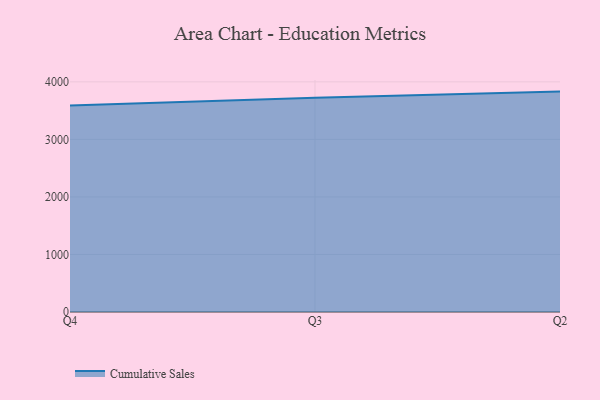
{"axis": {"x": "Quarter", "y": "Population (Million)"}, "legend": ["Cumulative Sales"], "data": [{"x": "Q4", "y": 3587.5, "type": "Cumulative Sales"}, {"x": "Q3", "y": 3723.9, "type": "Cumulative Sales"}, {"x": "Q2", "y": 3830.5, "type": "Cumulative Sales"}]}